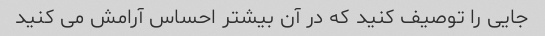
جایی را توصیف کنید که در آن بیشتر احساس آرامش می کنید